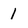
Character: 1